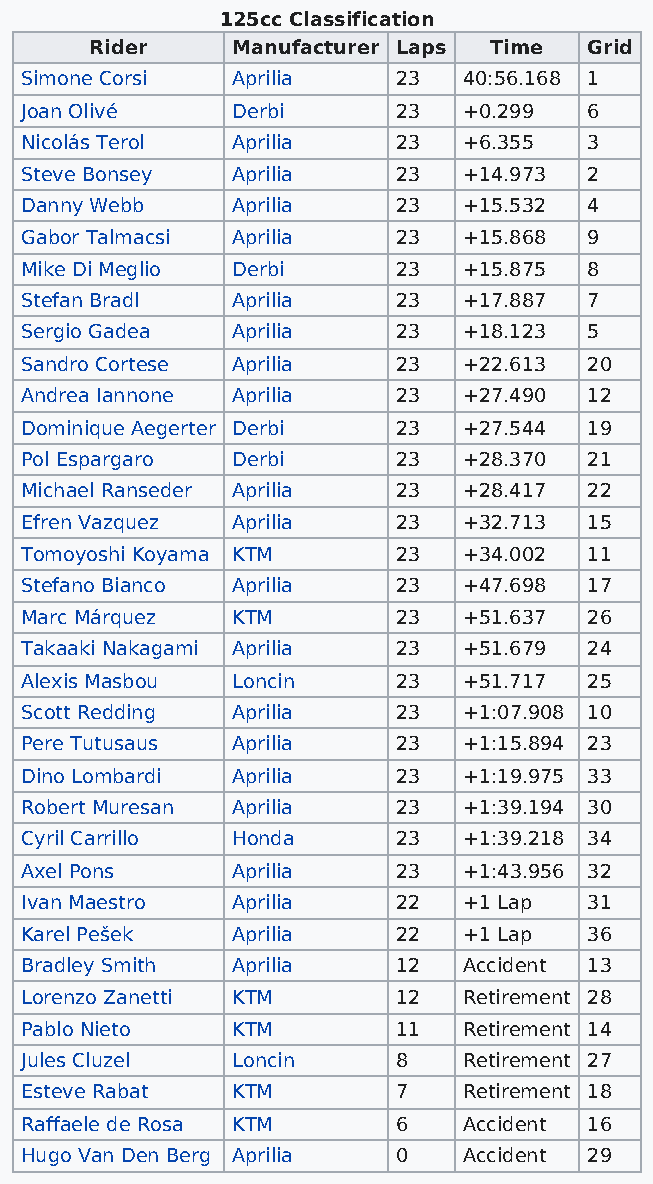
125cc Classification
 Rider    Manufacturer Laps Time  Grid
 Simone Corsi  Aprilia    23   40:56.168 1
 Joan Olivé    Derbi      23   +0.299  6
 Nicolás Terol Aprilia    23   +6.355  3
 Steve Bonsey  Aprilia    23   +14.973 2
 Danny Webb    Aprilia    23   +15.532 4
 Gabor Talmacsi Aprilia   23   +15.868 9
 Mike Di Meglio Derbi     23   +15.875 8
 Stefan Bradl  Aprilia    23   +17.887 7
 Sergio Gadea  Aprilia    23   +18.123 5
 Sandro Cortese Aprilia   23   +22.613 20
 Andrea Iannone Aprilia   23   +27.490 12
 Dominique Aegerter Derbi 23   +27.544 19
 Pol Espargaro Derbi      23   +28.370 21
 Michael Ranseder Aprilia 23   +28.417 22
 Efren Vazquez Aprilia    23   +32.713 15
 Tomoyoshi Koyama KTM     23   +34.002 11
 Stefano Bianco Aprilia   23   +47.698 17
 Marc Márquez  KTM        23   +51.637 26
 Takaaki Nakagami Aprilia 23   +51.679 24
 Alexis Masbou Loncin     23   +51.717 25
 Scott Redding Aprilia    23   +1:07.908 10
 Pere Tutusaus Aprilia    23   +1:15.894 23
 Dino Lombardi Aprilia    23   +1:19.975 33
 Robert Muresan Aprilia   23   +1:39.194 30
 Cyril Carrillo Honda     23   +1:39.218 34
 Axel Pons     Aprilia    23   +1:43.956 32
 Ivan Maestro  Aprilia    22   +1 Lap  31
 Karel Pešek   Aprilia    22   +1 Lap  36
 Bradley Smith Aprilia    12   Accident 13
 Lorenzo Zanetti KTM      12   Retirement 28
 Pablo Nieto   KTM        11   Retirement 14
 Jules Cluzel  Loncin     8    Retirement 27
 Esteve Rabat  KTM        7    Retirement 18
 Raffaele de Rosa KTM     6    Accident 16
 Hugo Van Den Berg Aprilia 0   Accident 29